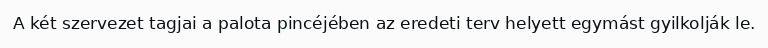
A két szervezet tagjai a palota pincéjében az eredeti terv helyett egymást gyilkolják le.